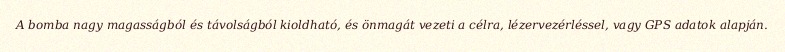
A bomba nagy magasságból és távolságból kioldható, és önmagát vezeti a célra, lézervezérléssel, vagy GPS adatok alapján.